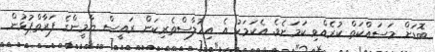
ބޮޑަށް މަސައްކަތް ކުރެއްވި ކަމަށެވެ. އެކަމަކު އެ އިޚުލާސްތެރިކަން ރައީސް ޔާމީންގެ ފަރާތްޕުޅުން